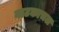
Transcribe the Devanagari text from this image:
नाटकाचल